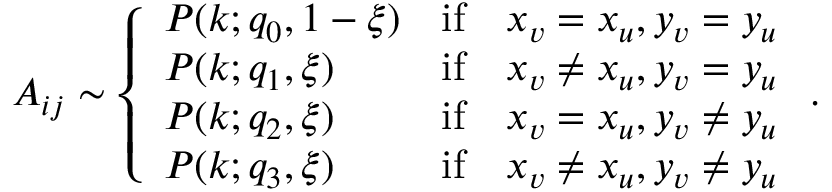
\begin{array} { r } { A _ { i j } \sim \left\{ \begin{array} { l l } { P ( k ; q _ { 0 } , 1 - \xi ) } & { \mathrm { i f } \quad x _ { v } = x _ { u } , y _ { v } = y _ { u } } \\ { P ( k ; q _ { 1 } , \xi ) } & { \mathrm { i f } \quad x _ { v } \neq x _ { u } , y _ { v } = y _ { u } } \\ { P ( k ; q _ { 2 } , \xi ) } & { \mathrm { i f } \quad x _ { v } = x _ { u } , y _ { v } \neq y _ { u } } \\ { P ( k ; q _ { 3 } , \xi ) } & { \mathrm { i f } \quad x _ { v } \neq x _ { u } , y _ { v } \neq y _ { u } } \end{array} \right. . } \end{array}